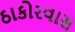
ઠાકોરવાસ